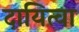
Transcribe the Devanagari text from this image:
दायित्वा